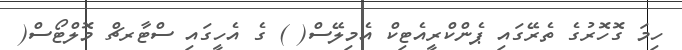
ހިމަ ގޮހޮރުގެ ތެރޭގައި ޕެންކްރީއެޓިކް އެމިލޭސް( ) ގެ އެހީގައި ސްޓާރޗް މޮލްޓޯސް(